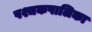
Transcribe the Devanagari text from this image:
पश्चकपालिका